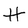
Character: H